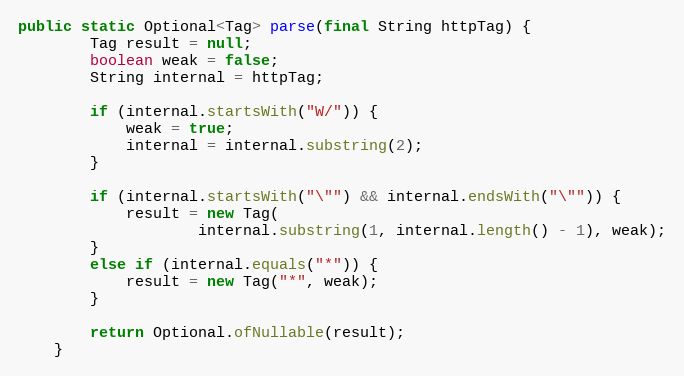
Language: Java
public static Optional<Tag> parse(final String httpTag) {
        Tag result = null;
        boolean weak = false;
        String internal = httpTag;

        if (internal.startsWith("W/")) {
            weak = true;
            internal = internal.substring(2);
        }

        if (internal.startsWith("\"") && internal.endsWith("\"")) {
            result = new Tag(
                    internal.substring(1, internal.length() - 1), weak);
        }
        else if (internal.equals("*")) {
            result = new Tag("*", weak);
        }

        return Optional.ofNullable(result);
    }